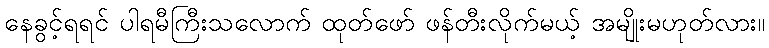
နေခွင့်ရရင် ပါရမီကြီးသလောက် ထုတ်ဖော် ဖန်တီးလိုက်မယ့် အမျိုးမဟုတ်လား။